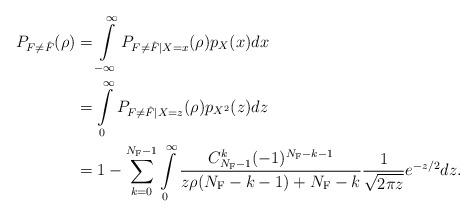
LaTeX: \begin{align*}P_{F\neq \hat{F}}(\rho)&=\int\limits_{-\infty}^\infty P_{F\neq \hat{F}|X=x}(\rho)p_X(x)dx \\&=\int\limits_{0}^\infty P_{F\neq \hat{F}|X=z}(\rho)p_{X^2}(z)dz \\&=1-\sum\limits_{k=0}^{N_{\mathrm{F}}-1}\int\limits_0^{\infty}\frac{C^k_{N_{\mathrm{F}}-1}(-1)^{N_{\mathrm{F}}-k-1}}{z\rho(N_{\mathrm{F}}-k-1)+N_{\mathrm{F}}-k}\frac{1}{\sqrt{2\pi z}}e^{-z/2}dz.\end{align*}